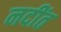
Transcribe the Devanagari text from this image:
नदींत